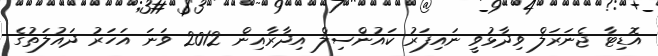
އޮޑިޓާ ޖެނަރަލް ވިދާޅުވީ ނައިފަރު ކައުންސިލް އިދާރާއިން 2012 ވަނަ އަހަރު ދައުލަތުގެ